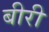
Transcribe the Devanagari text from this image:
बीरी